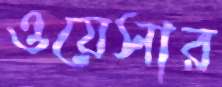
ওয়েসার